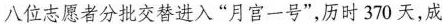
八位志愿者分批交替进入”月宫一号”，历时370天，成